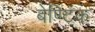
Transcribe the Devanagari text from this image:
बेण्टिंक